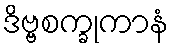
ဒိဗ္ဗစက္ခုကာနံ